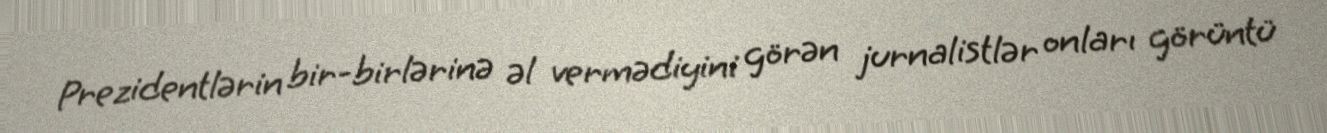
Prezidentlərin bir-birlərinə əl vermədiyini görən jurnalistlər onları görüntü